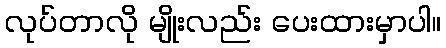
လုပ်တာလို မျိုးလည်း ပေးထားမှာပါ။